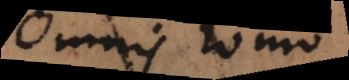
Omnis homo